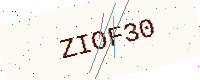
Text: ZIOF30